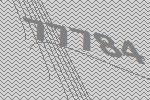
77784